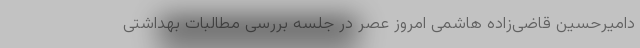
د‌امیر‌حسین قاضی‌زاده هاشمی امروز عصر در جلسه بررسی مطالبات بهداشتی